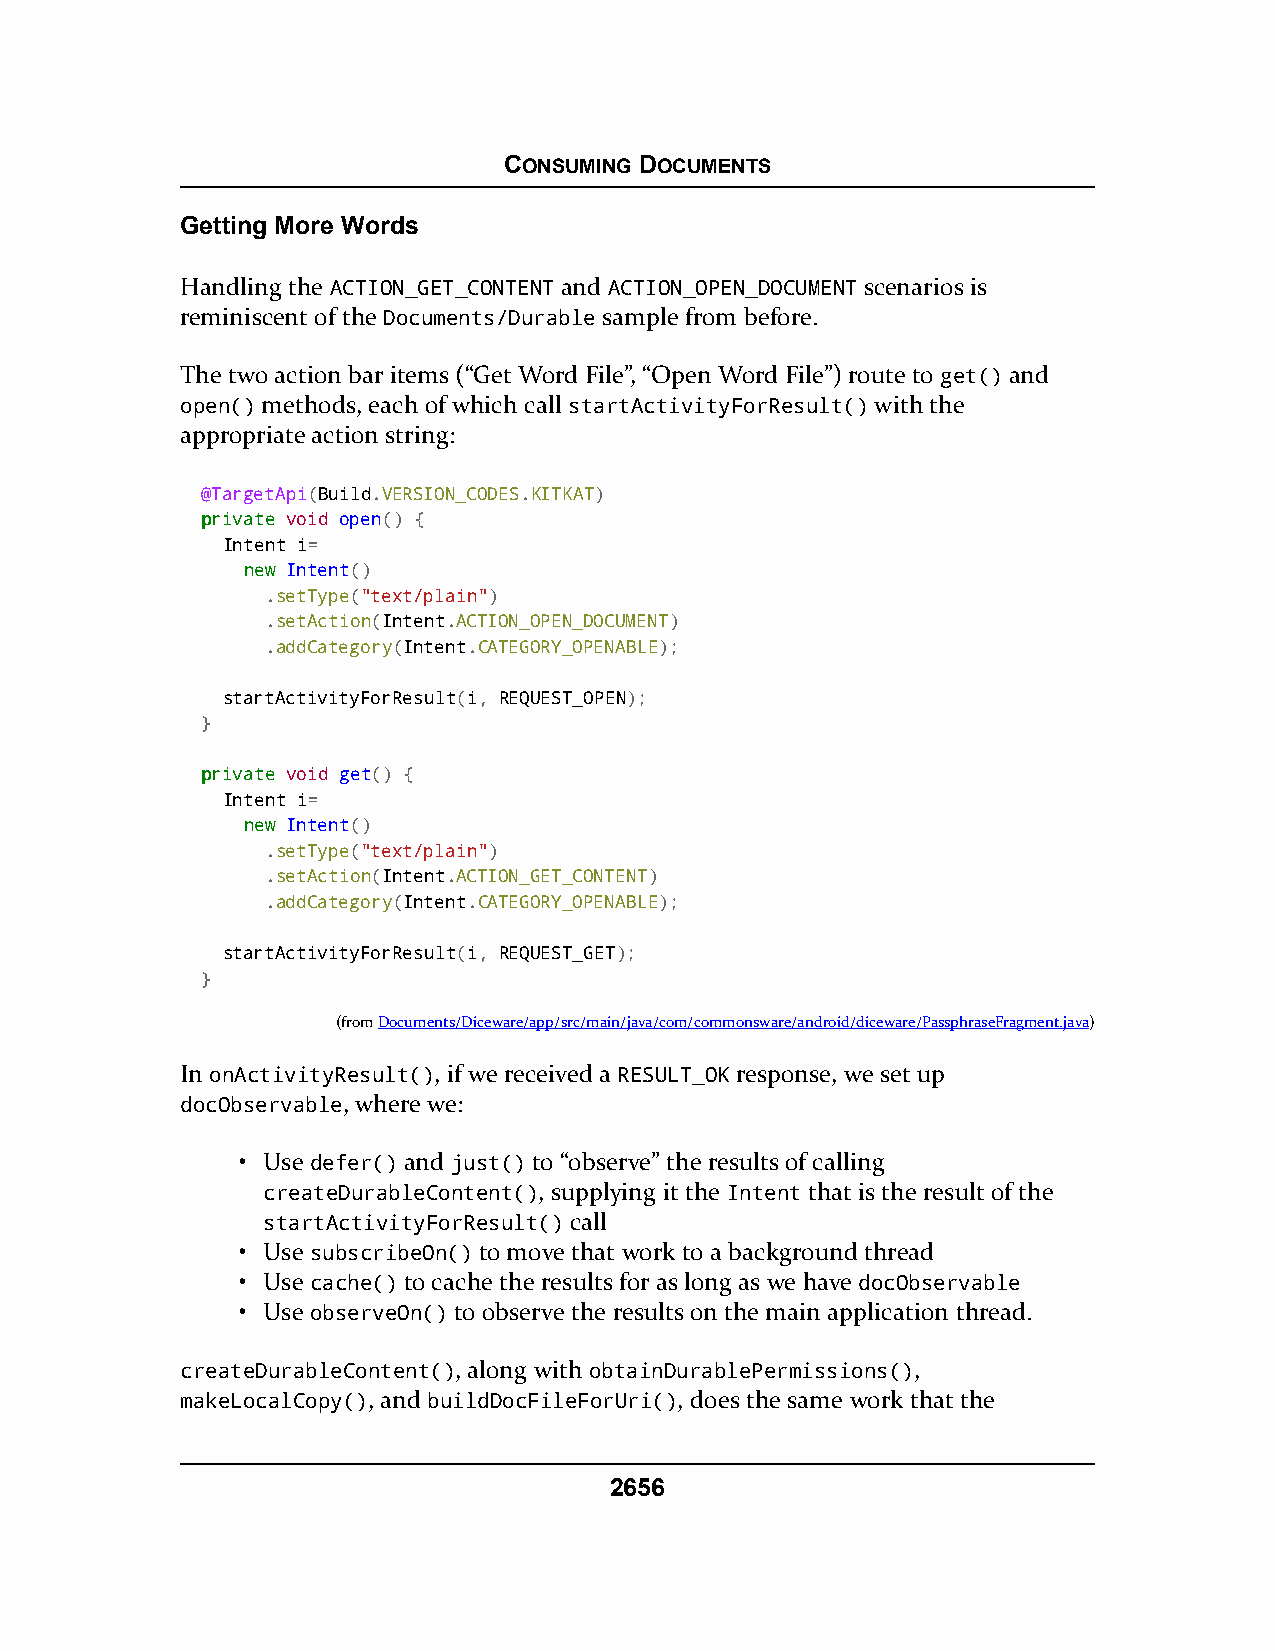
CONSUMING DOCUMENTS
 Getting More Words
 Handling the ACTION_GET_CONTENT and ACTION_OPEN_DOCUMENT scenarios is
 reminiscent of the Documents/Durable sample from before.
 The two action bar items (“Get Word File”, “Open Word File”) route to get() and
 open() methods, each of which call startActivityForResult() with the
 appropriate action string:
 @TargetApi(Build.VERSION_CODES.KITKAT)
 pprriivvaattee void open() {
 Intent i=
 nneeww Intent()
 .setType("text/plain")
 .setAction(Intent.ACTION_OPEN_DOCUMENT)
 .addCategory(Intent.CATEGORY_OPENABLE);
 startActivityForResult(i, REQUEST_OPEN);
 }
 pprriivvaattee void get() {
 Intent i=
 nneeww Intent()
 .setType("text/plain")
 .setAction(Intent.ACTION_GET_CONTENT)
 .addCategory(Intent.CATEGORY_OPENABLE);
 startActivityForResult(i, REQUEST_GET);
 }
 (fromDocuments/Diceware/app/src/main/java/com/commonsware/android/diceware/PassphraseFragment.java)
 In onActivityResult(), if we received a RESULT_OK response, we set up
 docObservable, where we:
 • Use defer() and just() to “observe” the results of calling
 createDurableContent(), supplying it the Intent that is the result of the
 startActivityForResult() call
 • Use subscribeOn() to move that work to a background thread
 • Use cache() to cache the results for as long as we have docObservable
 • Use observeOn() to observe the results on the main application thread.
 createDurableContent(), along with obtainDurablePermissions(),
 makeLocalCopy(), and buildDocFileForUri(), does the same work that the
 2656